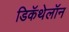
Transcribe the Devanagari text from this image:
डिकॅथेलॉन